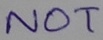
Text: NOT